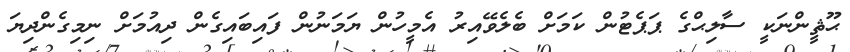
ޙޫޘީންނަކީ ސާލިޙްގެ ޕަޕެޓުން ކަމަށް ބެލެވޭއިރު އެމީހުން ޔަމަނުން ފައިބައިގެން ދިއުމަށް ނިމިގެންދިޔަ